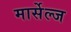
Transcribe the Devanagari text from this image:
मार्सेल्ज